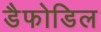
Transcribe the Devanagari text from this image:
डैफोडिल